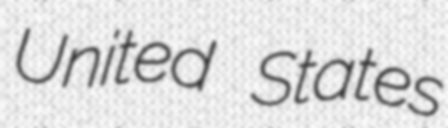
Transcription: United States